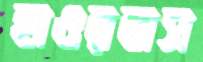
হাওরবাস